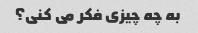
به چه چیزی فکر می کنی؟